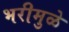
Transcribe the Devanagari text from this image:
भरीमुळे